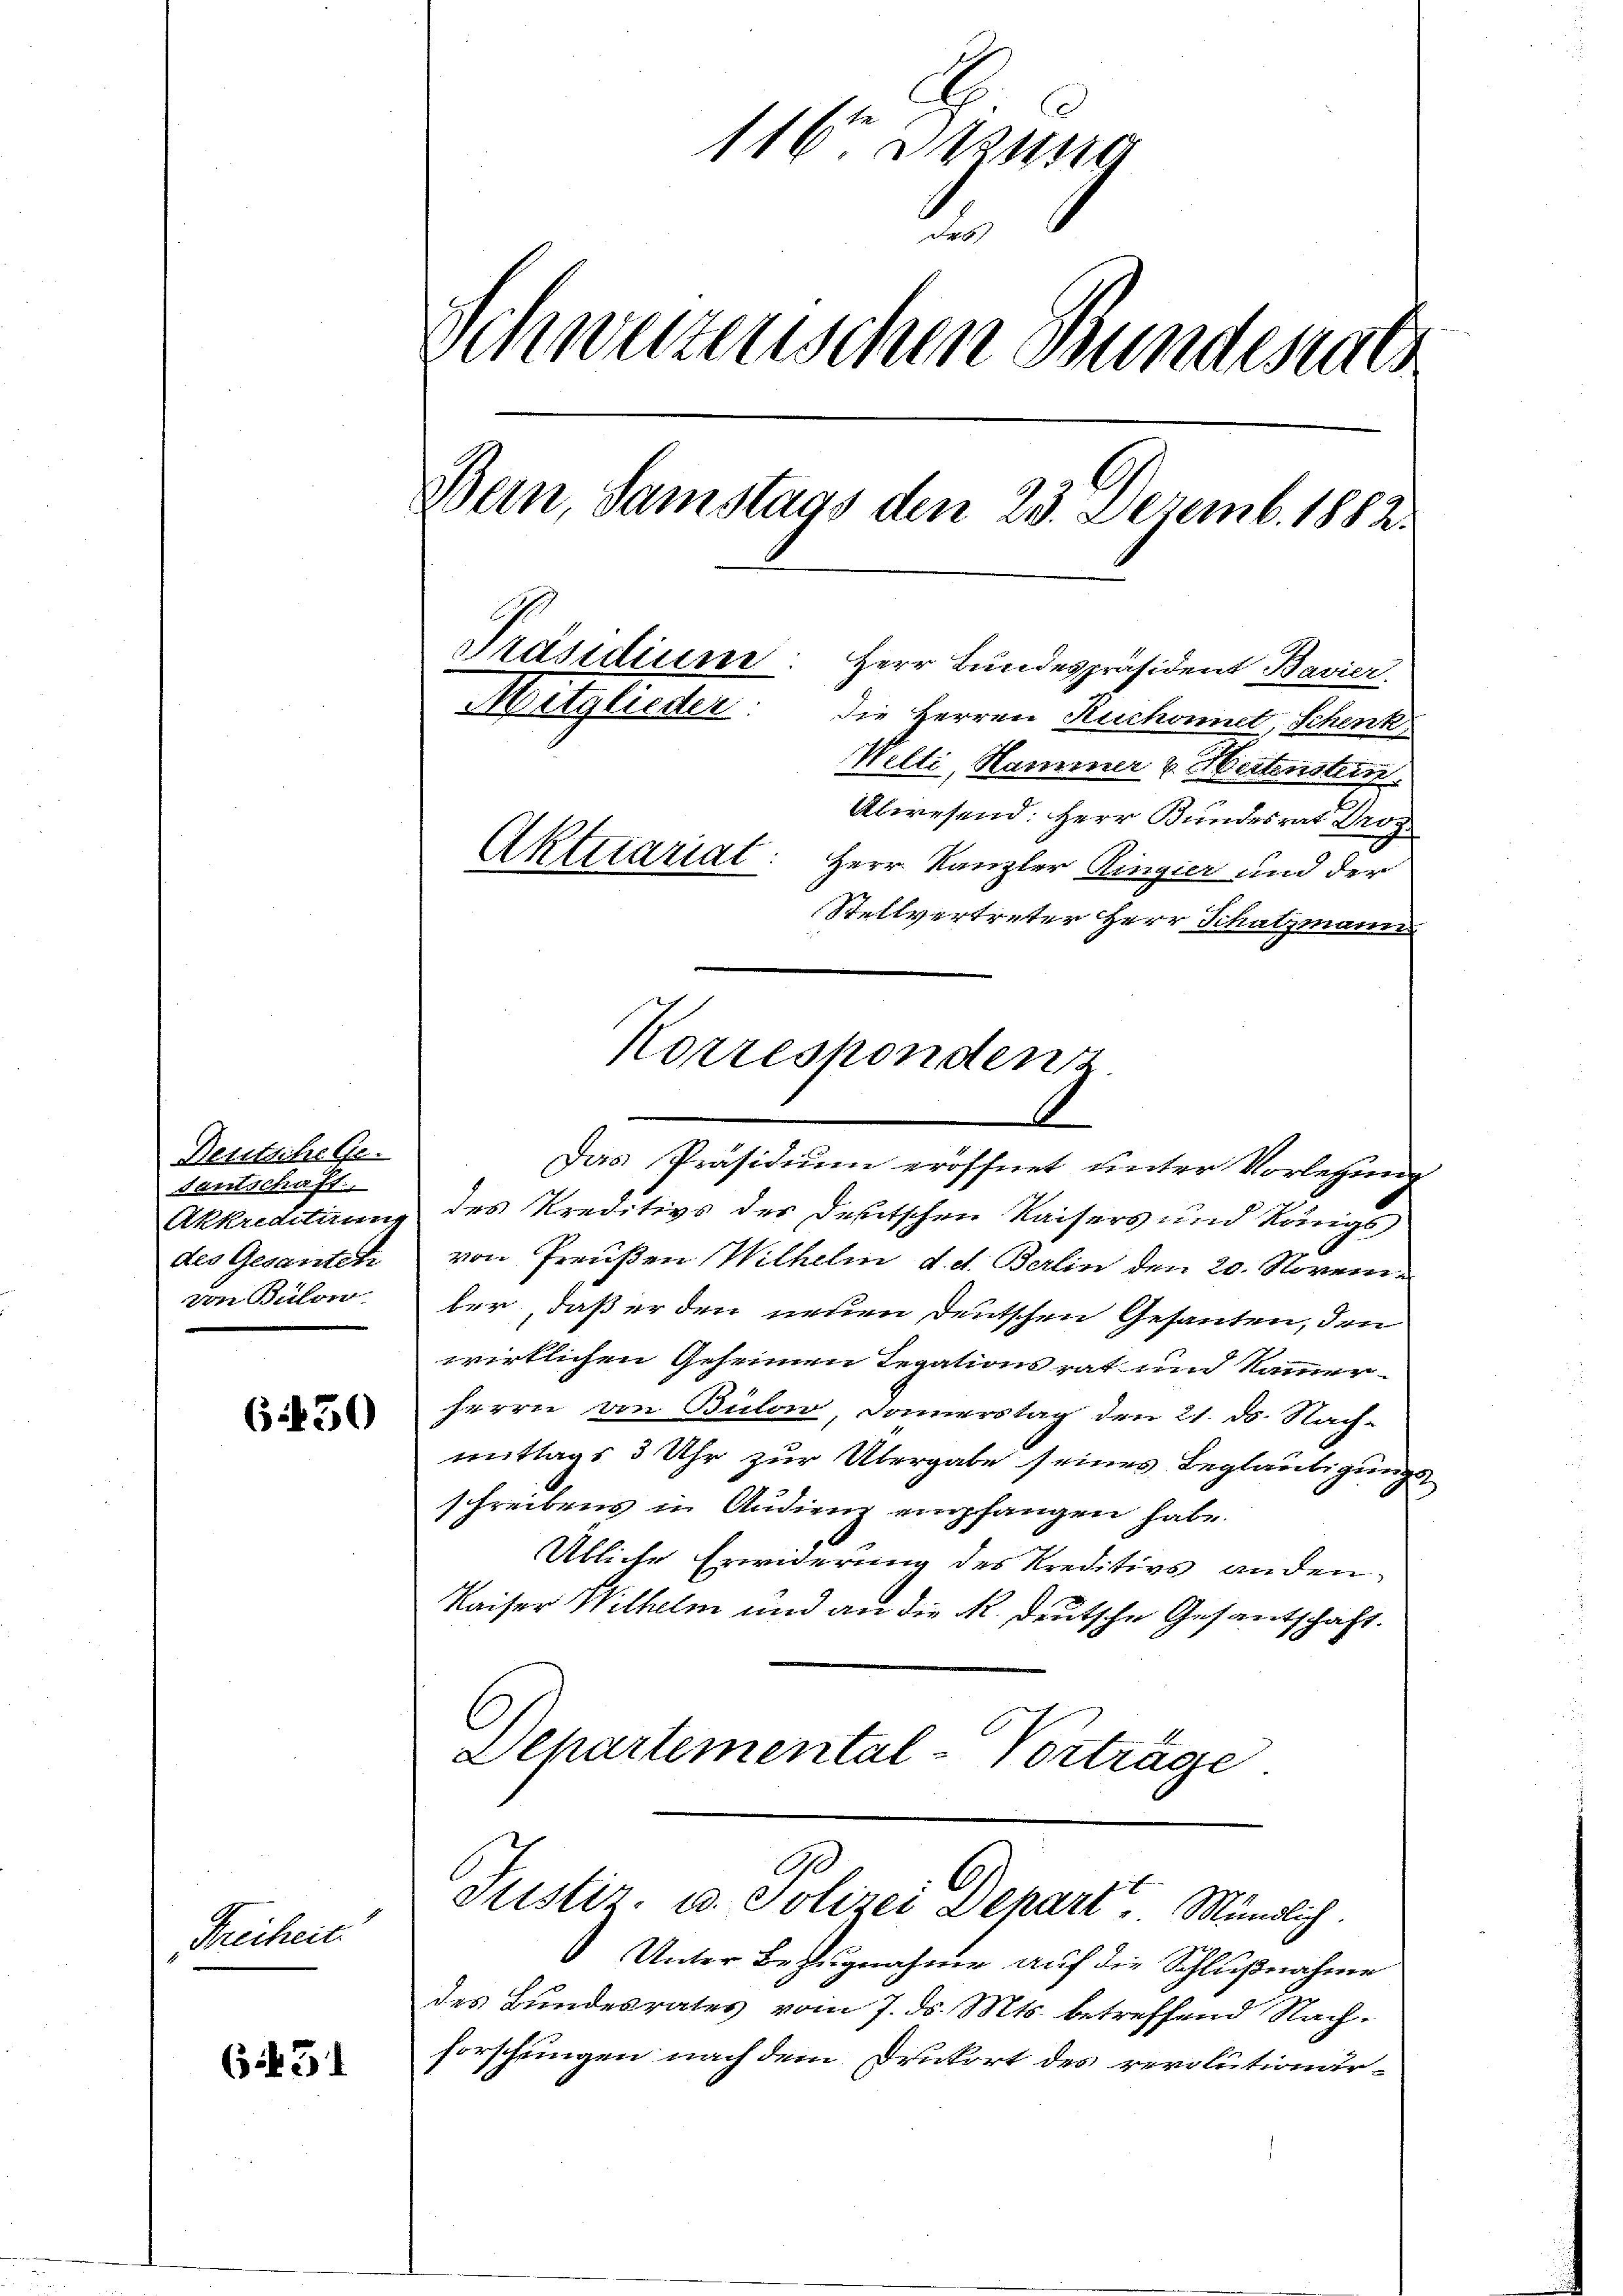
g
116 Sizung
des
Schweizerischen Bundesrats
Bern, Samstags den 23. Dezemb. 1882.
Präsidium
Herr Bundespräsident Bavier
Mitglieder.
die Herren Ruchomet, Schenk.
Welti, Hammer & Hertenstein
Abwesend: Herr Bundesrat Droz
Aktuariat
Herr Kanzler Ringier und der
Stellvertreter Herr Schatzmann
Korresponden

Stettine Ge¬
Santschaff
Akkreditung
des Gesantet
von Bulon

6450

Freiheit.

des Kreditivs der Deutschen Kaisers und königs
von Preußen Wilhelm d. d. Berlin den 20. Novem
ber, daß er den neuen deutschen Gesanten, den
wirklichen Geheimen Legationsrat und Kammer-
herrn von Bulow, Donnerstag den 21. ds. Nach-
mittags 3 Uhr zur Übergabe seines Beglaubigungs
schreibens in Audienz empfangen habe.
Utliche Erwiderung des Kreditivs anden.
Kaiser Wilhelm und an die K. Deutsche Gesandschaft
6
Departemental-Vorträge.

99
slistiz- u. Polizei Depart Mündlich.
Unter Bezugnahme auf die Schlußnahme
des Bundesrates vom 7. ds. Mts. betreffend Nach-
forschungen nach dem Drukort des revolutionär-
651

Das Präsidium eröffnet unter Vorletzung